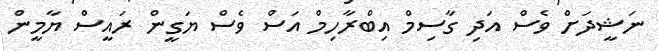
ނަޝީދަށް ވެސް އަދި ގާސިމް އިބްރާހިމް އަސް ވެސް ޔަގީން ރައީސް ޔާމީން